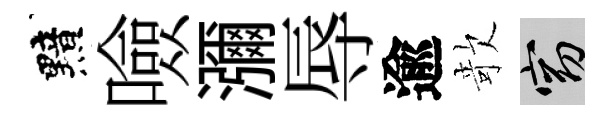
黯噞瀰辱逾欹窈